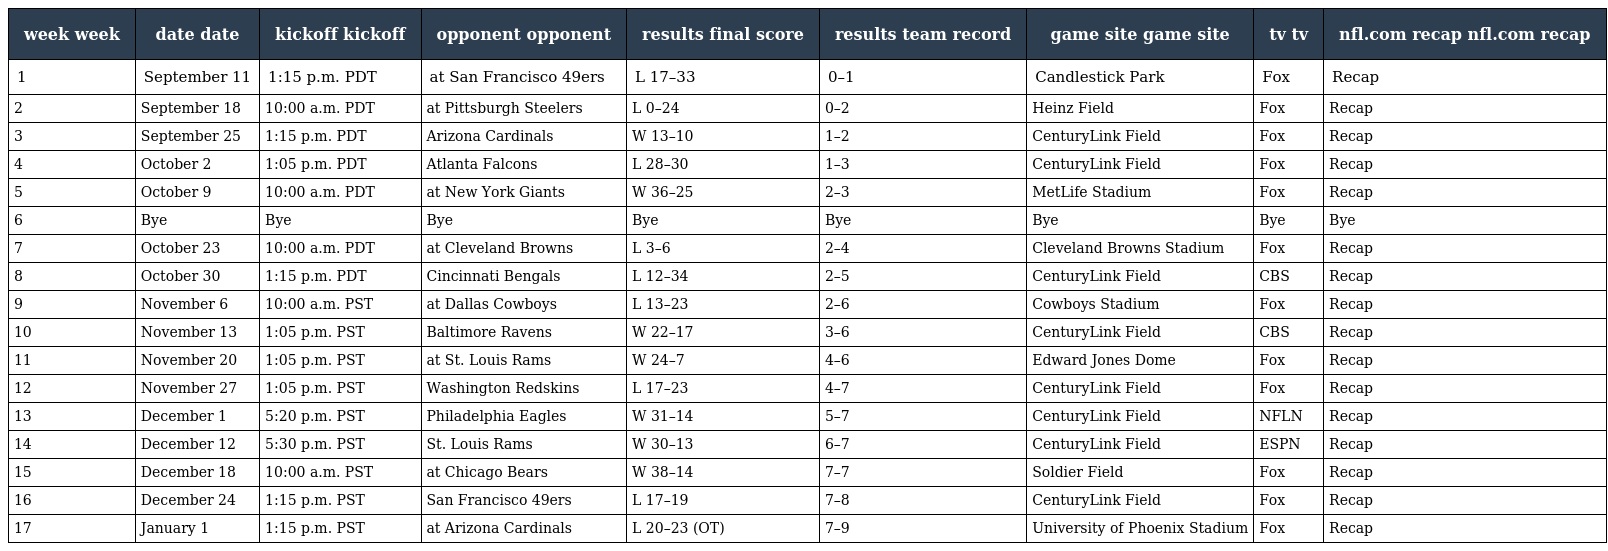
| week week | date date | kickoff kickoff | opponent opponent | results final score | results team record | game site game site | tv tv | nfl.com recap nfl.com recap |
 | --- | --- | --- | --- | --- | --- | --- | --- | --- |
 | 1 | September 11 | 1:15 p.m. PDT | at San Francisco 49ers | L 17–33 | 0–1 | Candlestick Park | Fox | Recap |
 | 2 | September 18 | 10:00 a.m. PDT | at Pittsburgh Steelers | L 0–24 | 0–2 | Heinz Field | Fox | Recap |
 | 3 | September 25 | 1:15 p.m. PDT | Arizona Cardinals | W 13–10 | 1–2 | CenturyLink Field | Fox | Recap |
 | 4 | October 2 | 1:05 p.m. PDT | Atlanta Falcons | L 28–30 | 1–3 | CenturyLink Field | Fox | Recap |
 | 5 | October 9 | 10:00 a.m. PDT | at New York Giants | W 36–25 | 2–3 | MetLife Stadium | Fox | Recap |
 | 6 | Bye | Bye | Bye | Bye | Bye | Bye | Bye | Bye |
 | 7 | October 23 | 10:00 a.m. PDT | at Cleveland Browns | L 3–6 | 2–4 | Cleveland Browns Stadium | Fox | Recap |
 | 8 | October 30 | 1:15 p.m. PDT | Cincinnati Bengals | L 12–34 | 2–5 | CenturyLink Field | CBS | Recap |
 | 9 | November 6 | 10:00 a.m. PST | at Dallas Cowboys | L 13–23 | 2–6 | Cowboys Stadium | Fox | Recap |
 | 10 | November 13 | 1:05 p.m. PST | Baltimore Ravens | W 22–17 | 3–6 | CenturyLink Field | CBS | Recap |
 | 11 | November 20 | 1:05 p.m. PST | at St. Louis Rams | W 24–7 | 4–6 | Edward Jones Dome | Fox | Recap |
 | 12 | November 27 | 1:05 p.m. PST | Washington Redskins | L 17–23 | 4–7 | CenturyLink Field | Fox | Recap |
 | 13 | December 1 | 5:20 p.m. PST | Philadelphia Eagles | W 31–14 | 5–7 | CenturyLink Field | NFLN | Recap |
 | 14 | December 12 | 5:30 p.m. PST | St. Louis Rams | W 30–13 | 6–7 | CenturyLink Field | ESPN | Recap |
 | 15 | December 18 | 10:00 a.m. PST | at Chicago Bears | W 38–14 | 7–7 | Soldier Field | Fox | Recap |
 | 16 | December 24 | 1:15 p.m. PST | San Francisco 49ers | L 17–19 | 7–8 | CenturyLink Field | Fox | Recap |
 | 17 | January 1 | 1:15 p.m. PST | at Arizona Cardinals | L 20–23 (OT) | 7–9 | University of Phoenix Stadium | Fox | Recap |